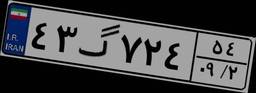
۴۳گ۷۲۴۵۴